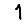
Digit: 1